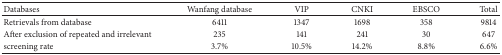
| Databases | Wanfang database | VIP | CNKI | EBSCO | Total |
 | --- | --- | --- | --- | --- | --- |
 | Retrievals from database | 6411 | 1347 | 1698 | 358 | 9814 |
 | After exclusion of repeated and irrelevant | 235 | 141 | 241 | 30 | 647 |
 | screening rate | 3.7% | 10.5% | 14.2% | 8.8% | 6.6% |